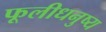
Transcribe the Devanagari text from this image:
फूलीधनुष्य